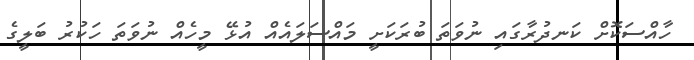
ހާއްސަކޮށް ކަނދުރާގައި ނުވަތަ ބުރަކަށީ މައްސަލައެއް އުޅޭ މީހެއް ނުވަތަ ހަކުރު ބަލީގެ